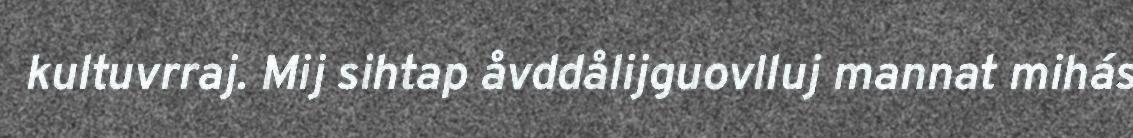
kultuvrraj. Mij sihtap åvddålijguovlluj mannat mihás